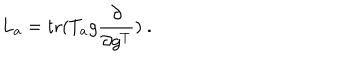
L _ { a } = \mathrm { t r } ( T _ { a } g \frac { \partial } { \partial g ^ { T } } ) ~ .